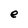
Character: e